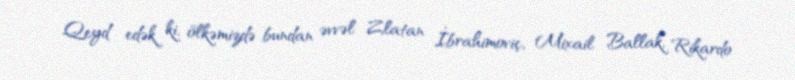
Qeyd edək ki, ölkəmizdə bundan əvvəl Zlatan İbrahimoviç, Mixail Ballak, Rikardo